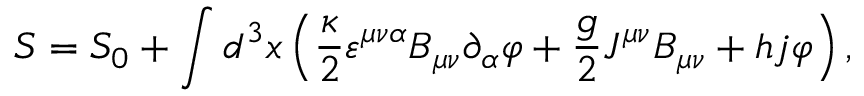
S = S _ { 0 } + \int d ^ { 3 } x \left( \frac \kappa 2 \varepsilon ^ { \mu \nu \alpha } B _ { \mu \nu } \partial _ { \alpha } \varphi + \frac g 2 J ^ { \mu \nu } B _ { \mu \nu } + h j \varphi \right) ,